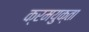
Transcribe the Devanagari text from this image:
क्रमयुक्ता